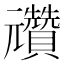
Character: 𠓕